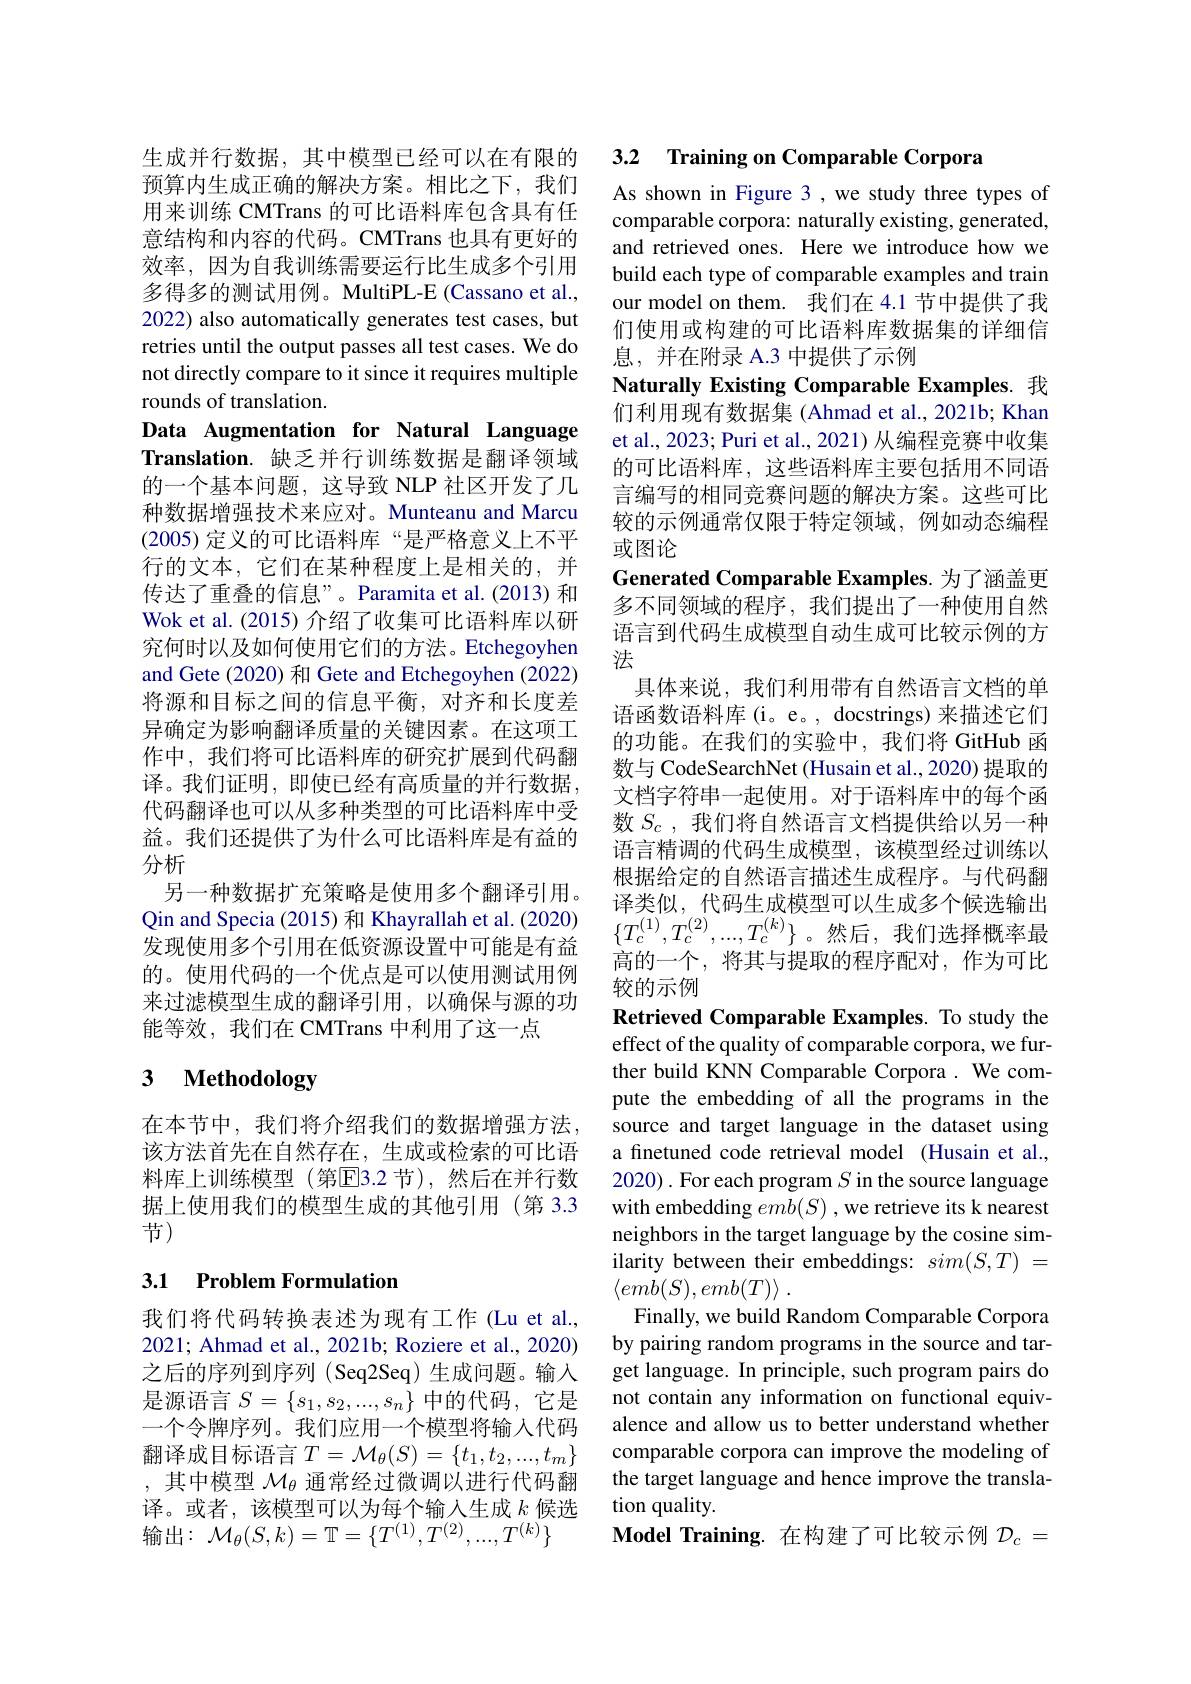
生成并行数据，其中模型已经可以在有限的预算内生成正确的解决方案。相比之下，我们用来训练 CMTrans 的可比语料库包含具有任意结构和内容的代码。CMTrans 也具有更好的效率，因为自我训练需要运行比生成多个引用多得多的测试用例。MultiPL-E (Cassano et al., 2022) also automatically generates test cases, but retries until the output passes all test cases. We do not directly compare to it since it requires multiple rounds of translation.
Data Augmentation for Natural Language $\textbf{Translation. 缺 乏 并 行 训 练 数 据 是 翻 译 领 域 }$ 的一个基本问题，这导致 NLP 社区开发了几种数据增强技术来应对。Munteanu and Marcu (2005)定义的可比语料库“是严格意义上不平行的文本，它们在某种程度上是相关的，并传达了重叠的信息”。Paramita et al.(2013) 和Wok et al. (2015) 介绍了收集可比语料库以研究何时以及如何使用它们的方法。Etchegoyhen and Gete (2020) 和 Gete and Etchegoyhen (2022) 将源和目标之间的信息平衡，对齐和长度差异确定为影响翻译质量的关键因素。在这项工作中，我们将可比语料库的研究扩展到代码翻译。我们证明，即使已经有高质量的并行数据， 代码翻译也可以从多种类型的可比语料库中受益。我们还提供了为什么可比语料库是有益的分析
另一种数据扩充策略是使用多个翻译引用。Qin and Specia (2015) 和 Khayrallah et al. (2020) 发现使用多个引用在低资源设置中可能是有益的。使用代码的一个优点是可以使用测试用例来过滤模型生成的翻译引用，以确保与源的功能等效，我们在 CMTrans 中利用了这一点

# 3 $\textbf{Methodology}$

在本节中，我们将介绍我们的数据增强方法该方法首先在自然存在，生成或检索的可比语料库上训练模型(第E3.2节),然后在并行数据上使用我们的模型生成的其他引用(第 3.3节)

## 3.1 Problem Formulation

我们将代码转换表述为现有工作(Lu et al., 2021; Ahmad et al., 2021b; Roziere et al., 2020) 之后的序列到序列(Seq2Seq)生成问题。输入是源语言$S=\{s_1,s_2,...,s_n\}$ 中的代码，它是一个令牌序列。我们应用一个模型将输入代码翻译成目标语言$T=\mathcal{M}_\theta(S)=\{t_1,t_2,...,t_m\}$ ,其中模型$\mathcal{M}_\theta$通常经过微调以进行代码翻译。或者，该模型可以为每个输入生成$k$候选输出：$\mathcal{M}_\theta(S,k)=\mathbb{T}=\{T^{(1)},T^{(2)},...,T^{(k)}\}$

3.2 Training on Comparable Corpora

As shown in Figure 3 , we study three types of comparable corpora: naturally existing, generated, and retrieved ones. Here we introduce how we build each type of comparable examples and train our model on them. 我们在 4.1 节中提供了我们使用或构建的可比语料库数据集的详细信

息，并在附录 A.3 中提供了示例
Naturally Existing Comparable Examples. 我们利用现有数据集 (Ahmad et al., 2021b; Khan et al., 2023; Puri et al., 2021) 从编程竞赛中收集的可比语料库，这些语料库主要包括用不同语言编写的相同竞赛问题的解决方案。这些可比较的示例通常仅限于特定领域，例如动态编程或图论
Generated Comparable Examples. 为了涵盖更多不同领域的程序，我们提出了一种使用自然语言到代码生成模型自动生成可比较示例的方法
具体来说，我们利用带有自然语言文档的单语函数语料库(i。e。, docstrings) 来描述它们的功能。在我们的实验中，我们将 GitHub 函数与 CodeSearchNet (Husain et al., 2020) 提取的文档字符串一起使用。对于语料库中的每个函数$S_c$,我们将自然语言文档提供给以另一种语言精调的代码生成模型，该模型经过训练以根据给定的自然语言描述生成程序。与代码翻译类似，代码生成模型可以生成多个候选输出$\{T_c^{(1)},T_c^{(2)},...,T_c^{(k)}\}$。然后，我们选择概率最高的一个，将其与提取的程序配对，作为可比较的示例
Retrieved Comparable Examples. To study the effect of the quality of comparable corpora, we further build KNN Comparable Corpora . We compute the embedding of all the programs in the source and target language in the dataset using a finetuned code retrieval model (Husain et al., 2020) . For each program $S$ in the source language with embedding $emb(S)$ ,we retrieve its k nearest neighbors in the target language by the cosine similarity between their embeddings: $sim( S, T)$ = $\langle emb( S) , emb( T) \rangle$ .
Finally, we build Random Comparable Corpora by pairing random programs in the source and target language. In principle, such program pairs do not contain any information on functional equivalence and allow us to better understand whether comparable corpora can improve the modeling of the target language and hence improve the translation quality.
Model Training.在构建了可比较示例$\mathcal{D}_c=$